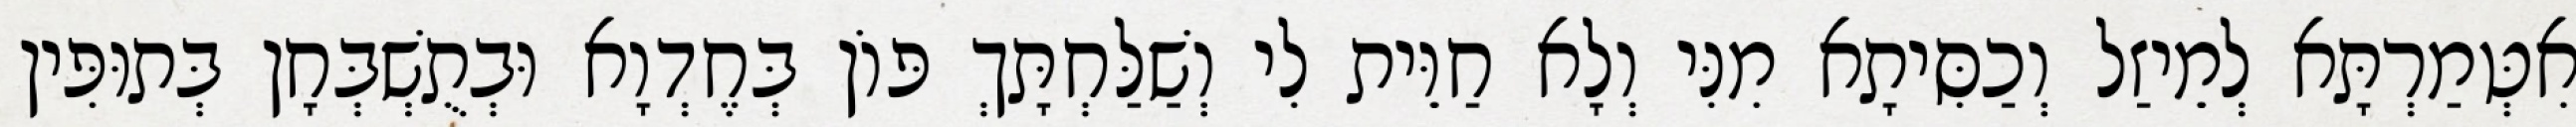
אִטְּמַרְתָּא לְמֵיזַל וְכַסִּיתָא מִנִּי וְלָא חַוֵּית לִי וְשַׁלַּחְתָּךְ פּוֹן בְּחֶדְוָא וּבְתֻשְׁבְּחָן בְּתוּפִּין